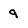
Character: 9